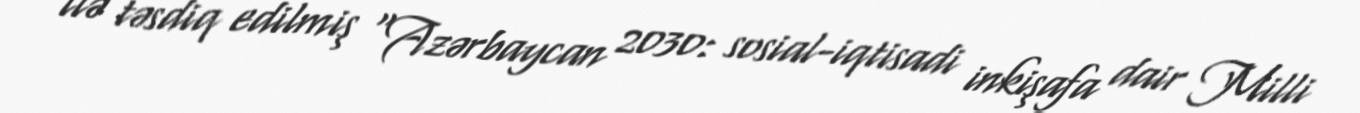
ilə təsdiq edilmiş "Azərbaycan 2030: sosial-iqtisadi inkişafa dair Milli